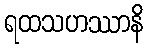
ရထသဟဿာနိ